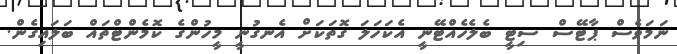
ނަމަވެސް ޕާޓޭސް ސިޓީ ބެލެހެއްޓޭނީ އެކަހަލަ ގޮތަކަށް އެނގުނީ މީހުންގެ ކޮމެންޓްތައް ބަލައިގެން.